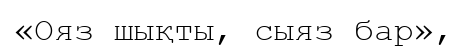
«Ояз шықты, сыяз бар»,